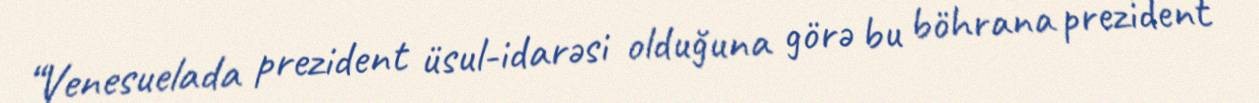
“Venesuelada prezident üsul-idarəsi olduğuna görə bu böhrana prezident